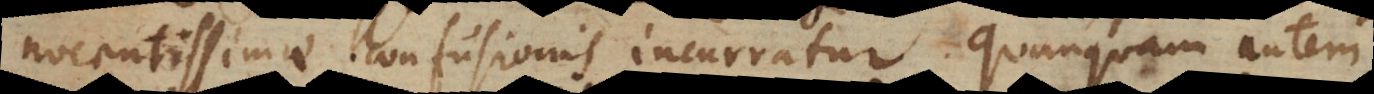
nocentissimae confusionis incurratur. Quanquam autem